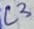
Text: L3